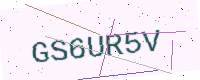
Text: GS6UR5V